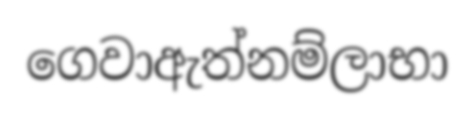
ගෙවාඇත්නම්ලාභා